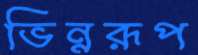
ভিন্নরূপ